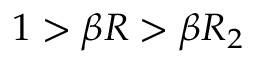
1 > \beta R > \beta R _ { 2 }